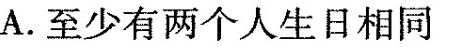
A.至少有两个人生日相同：